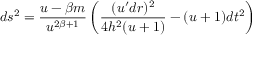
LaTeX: d s ^ { 2 } = \frac { u - \beta m } { u ^ { 2 \beta + 1 } } \left( \frac { ( u ^ { \prime } d r ) ^ { 2 } } { 4 h ^ { 2 } ( u + 1 ) } - ( u + 1 ) d t ^ { 2 } \right)